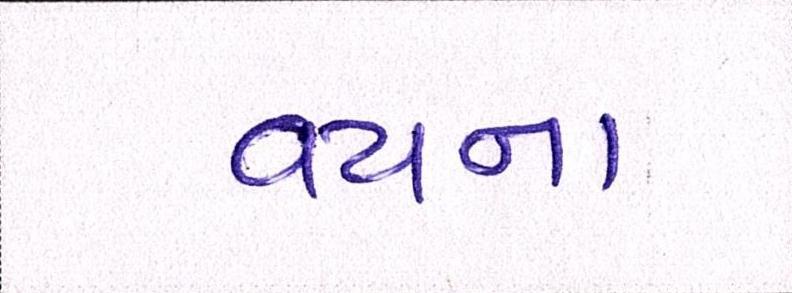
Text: વયના